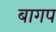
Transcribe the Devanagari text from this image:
बागप